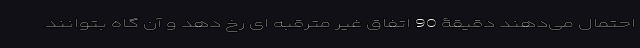
احتمال می‌دهند دقیقۀ 90 اتفاق غیر مترقبه ای رخ دهد و آن گاه بتوانند